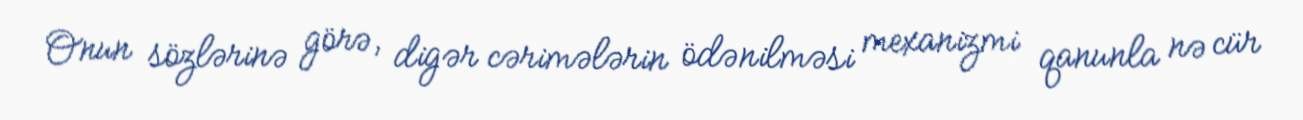
Onun sözlərinə görə, digər cərimələrin ödənilməsi mexanizmi qanunla nə cür